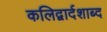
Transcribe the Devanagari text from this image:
कलिद्वार्दशाब्द